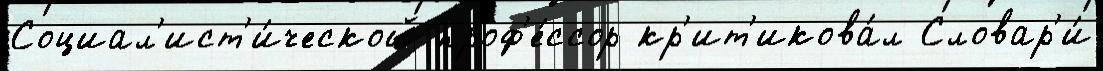
Социал'ист'и́ческой проф'е́ссор кр'ит'икова́л Словар'и́